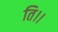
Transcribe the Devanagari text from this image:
ति।।